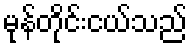
မုန်တိုင်းငယ်သည်